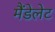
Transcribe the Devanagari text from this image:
मैंडेलेट